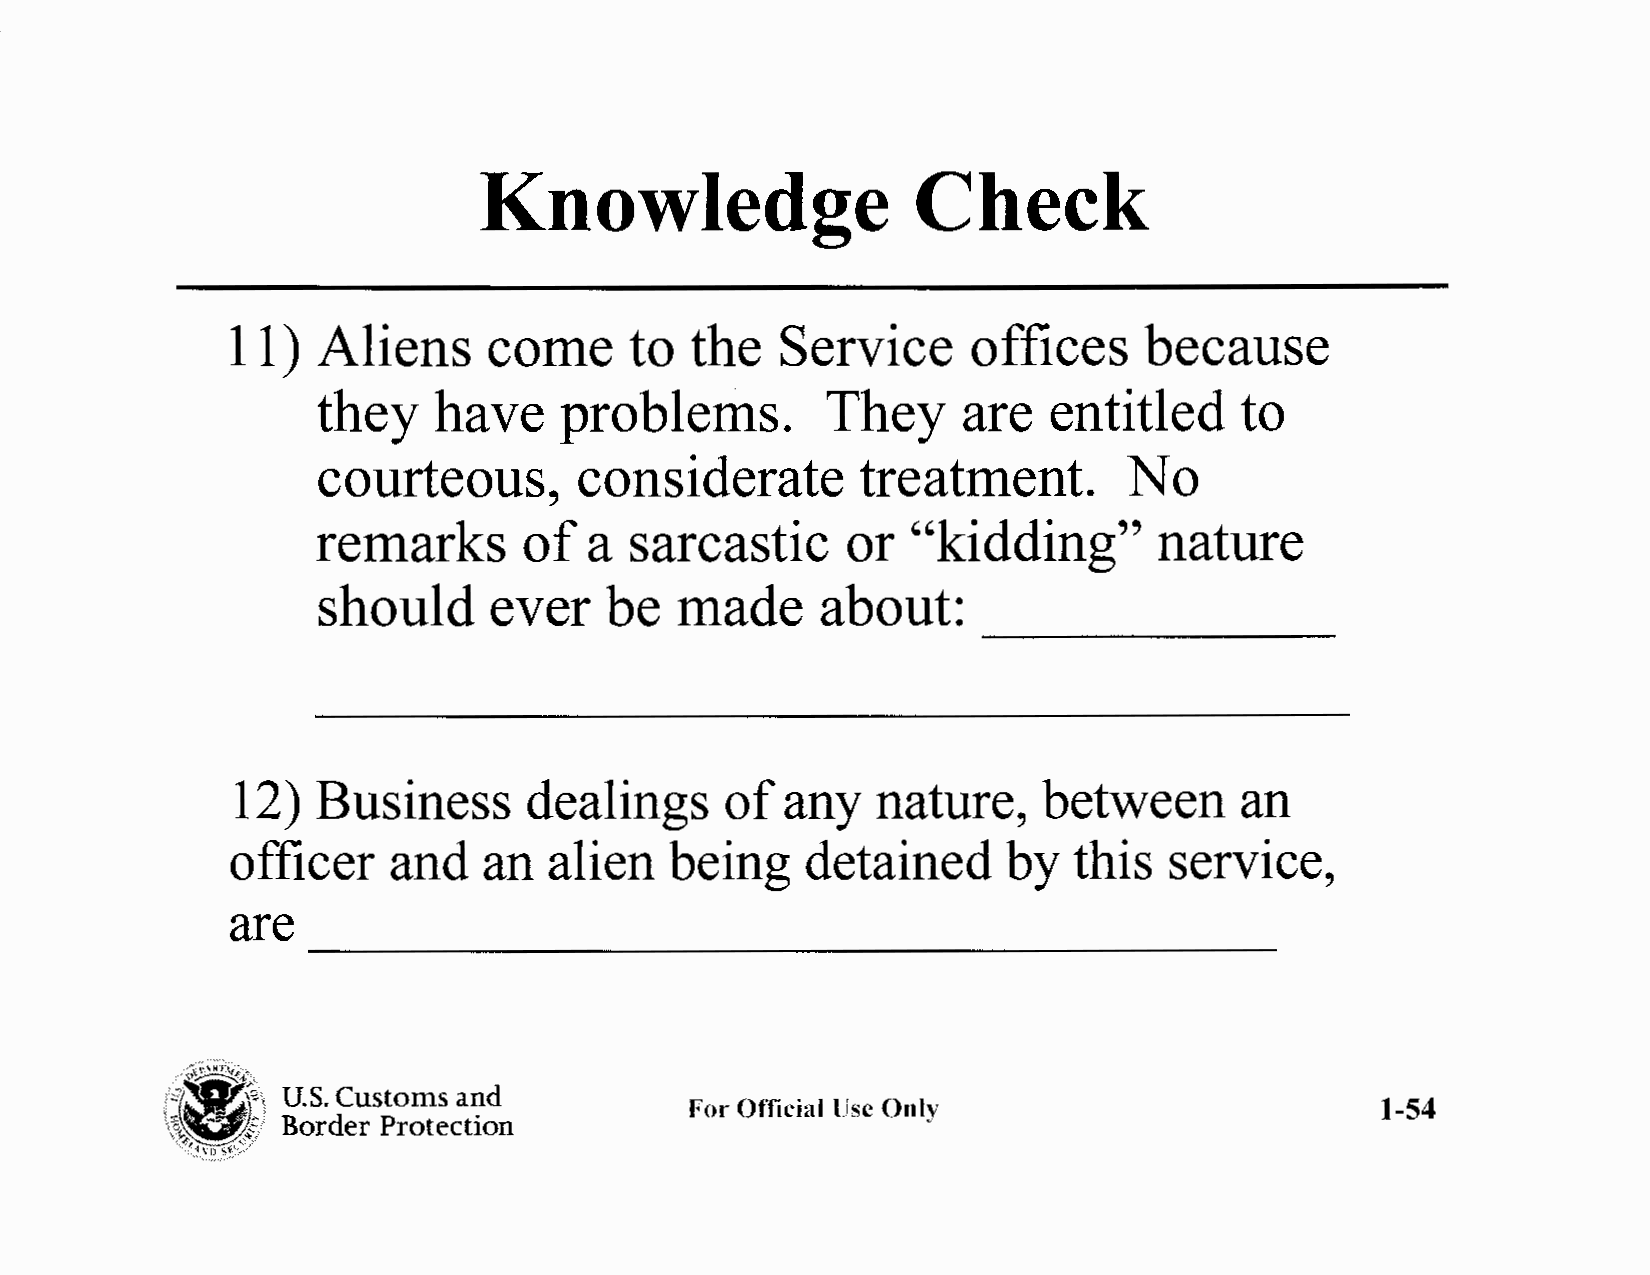
Knowledge                    Check
 11)   Aliens     come      to  the   Service     offices     because
 they    have    problems.         They     are  entitled     to
 courteous,       considerate        treatment.        No
 remarks       of  a  sarcastic     or  "kidding"        nature
 should     ever    be   made     about:
 12)   Business      dealings     of  any   nature,    between      an
 officer    and   an  alien   being    detained      by  this  service,
 are
 '~,·'~7~~~:/,\,
 U.S. Customs and
 \1~~1
 Border Protection
 For Official lJse Only                        1-54
 -.~~::~,,\\·'",,-